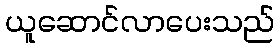
ယူဆောင်လာပေးသည်